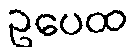
ဥပေထ